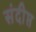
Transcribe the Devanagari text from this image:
संदीप्त